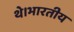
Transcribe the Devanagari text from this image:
थे।भारतीय